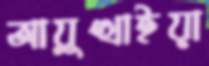
আয়ুত্থাইয়া